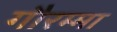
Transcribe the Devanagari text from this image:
गौरम्मा